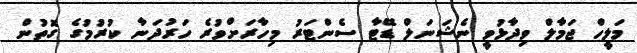
މަލީހް ޖަމާލް ވިދާޅުވީ ނެޝަނަލް ޑޭޓާ ސެންޓަރު މިހާރަށްވުރެ ހަރުދަނާ ކުރުމުގެ ގޮތުން